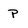
Character: p